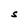
Character: S